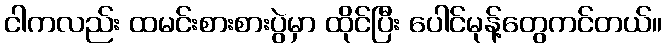
ငါကလည်း ထမင်းစားစားပွဲမှာ ထိုင်ပြီး ပေါင်မုန့်တွေကင်တယ်။